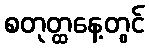
စတုတ္ထနေ့တွင်